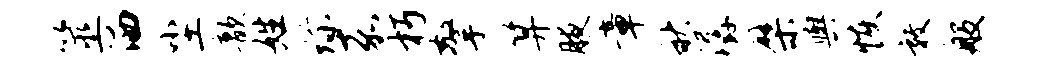
筮洒尘歆姓珍嘉朽擎算腋章秋潺檗舆恢敦般